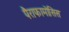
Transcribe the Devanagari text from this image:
पैराफामोसिस